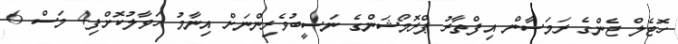
ހޮޓެލް ޖެންގެ ރަމަޟާން އިފްތާރު ޕްރޮމޯޝަންގެ ނަސީބުވެރިންނަށް އިނާމު ހަވާލުކޮށްފި4 މަސް 6